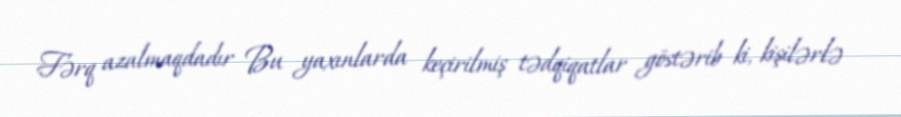
Fərq azalmaqdadır Bu yaxınlarda keçirilmiş tədqiqatlar göstərib ki, kişilərlə